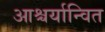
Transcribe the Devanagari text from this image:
आश्चर्यान्वित